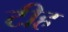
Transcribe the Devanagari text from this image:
टीह